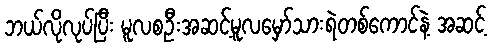
ဘယ်လိုလုပ်ပြီး မူလစဦးအဆင့်မူလမှော်သားရဲတစ်ကောင်နဲ့ အဆင့်